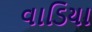
વાડિયા